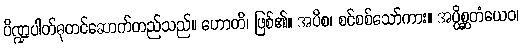
ပိဏ္ဍပါတ်ဓုတင်ဆောက်တည်သည်။ ဟောတိ၊ ဖြစ်၏။ အပိစ၊ စင်စစ်သော်ကား။ အပ္ပိစ္ဆတံယေဝ၊